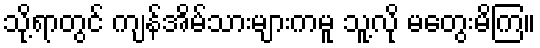
သို့ရာတွင် ကျန်အိမ်သားများကမူ သူ့လို မတွေးမိကြ။